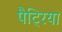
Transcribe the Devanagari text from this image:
पैट्रिया